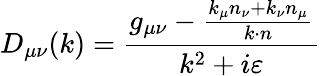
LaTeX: D_{\mu\nu}(k)=\frac{g_{\mu\nu}-\frac{k_{\mu}n_{\nu}+k_{\nu}n_{\mu}}{k\cdot n}}{k^{2}+i\varepsilon}